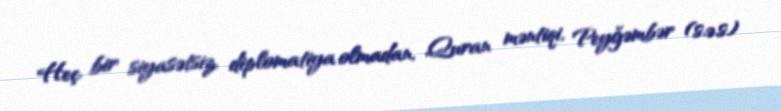
Heç bir siyasətsiz, diplomatiya olmadan, Quran məntiqi, Peyğəmbər (s.ə.s)